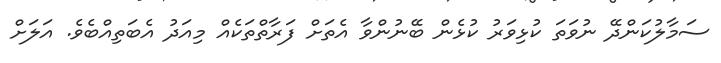
ސަމާލުކަންދޭ ނުވަތަ ކުޅިވަރު ކުޅެން ބޭނުންވާ އެތަށް ފަރާތްތަކެއް މިއަދު އެބަތިއްބެވެ. އަލަށް